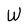
Character: W